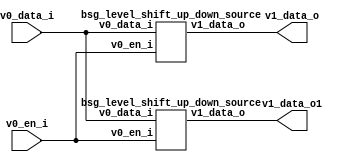


module top
(
  v0_en_i,
  v0_data_i,
  v1_data_o,
  v1_data_o1 // added for decompiling
);

  input [15:0] v0_data_i;
  output [15:0] v1_data_o;
  input v0_en_i;
  output [15:0] v1_data_o1; // added for decompiling


  bsg_level_shift_up_down_source
  wrapper
  (
    .v0_data_i(v0_data_i),
    .v1_data_o(v1_data_o),
    .v0_en_i(v0_en_i)
  );

  bsg_level_shift_up_down_source
  wrapper1
  (
    .v0_data_i(v0_data_i),
    .v1_data_o(v1_data_o1),
    .v0_en_i(v0_en_i) // added for decompiling
  );

endmodule



module bsg_level_shift_up_down_source
(
  v0_en_i,
  v0_data_i,
  v1_data_o
);

  input [15:0] v0_data_i;
  output [15:0] v1_data_o;
  input v0_en_i;
  wire [15:0] v1_data_o;
  assign v1_data_o[15] = v0_data_i[15] & v0_en_i;
  assign v1_data_o[14] = v0_data_i[14] & v0_en_i;
  assign v1_data_o[13] = v0_data_i[13] & v0_en_i;
  assign v1_data_o[12] = v0_data_i[12] & v0_en_i;
  assign v1_data_o[11] = v0_data_i[11] & v0_en_i;
  assign v1_data_o[10] = v0_data_i[10] & v0_en_i;
  assign v1_data_o[9] = v0_data_i[9] & v0_en_i;
  assign v1_data_o[8] = v0_data_i[8] & v0_en_i;
  assign v1_data_o[7] = v0_data_i[7] & v0_en_i;
  assign v1_data_o[6] = v0_data_i[6] & v0_en_i;
  assign v1_data_o[5] = v0_data_i[5] & v0_en_i;
  assign v1_data_o[4] = v0_data_i[4] & v0_en_i;
  assign v1_data_o[3] = v0_data_i[3] & v0_en_i;
  assign v1_data_o[2] = v0_data_i[2] & v0_en_i;
  assign v1_data_o[1] = v0_data_i[1] & v0_en_i;
  assign v1_data_o[0] = v0_data_i[0] & v0_en_i;

endmodule